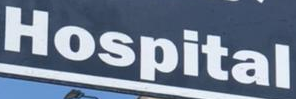
Hospital